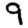
Digit: 9